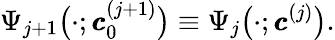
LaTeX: \Psi_{j+1}\big(\cdot;\pmb{c}_{0}^{(j+1)}\big)\equiv\Psi_{j}\big(\cdot;\pmb{c}^{(j)}\big).